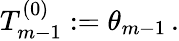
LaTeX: T_{m-1}^{(0)}:=\theta_{m-1}\, .